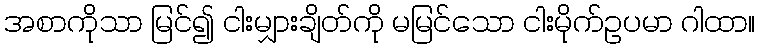
အစာကိုသာ မြင်၍ ငါးမျှားချိတ်ကို မမြင်သော ငါးမိုက်ဥပမာ ဂါထာ။